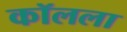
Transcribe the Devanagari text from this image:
कॉलला